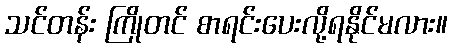
သင်တန်း ကြိုတင် စာရင်းပေးလို့ရနိုင်မလား။